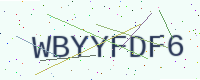
Text: WBYYFDF6